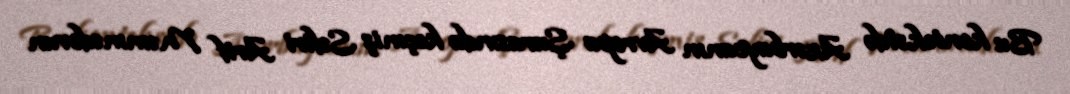
Bu kontekstdə Azərbaycanın Avropa Şurasında keçmiş Səfiri Arif Məmmədovun